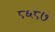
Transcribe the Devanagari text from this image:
८६८७